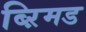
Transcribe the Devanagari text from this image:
ब्ऱिमड